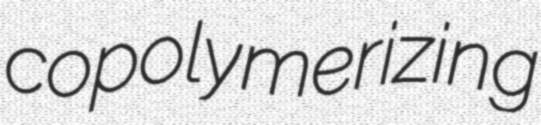
copolymerizing